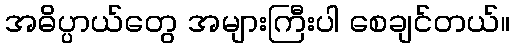
အဓိပ္ပာယ်တွေ အများကြီးပါ စေချင်တယ်။